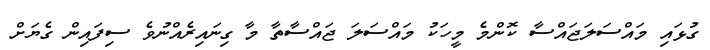
ގުޅައި މައްސަލަޖައްސާ ކޮންމެ މީހަކު މައްސަލަ ޖައްސާތާ މާ ގިނައިރެއްނުވެ ސިފައިން ގެޔަށް